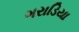
ગરાડિયા